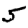
Digit: 5